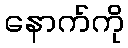
နောက်ကို